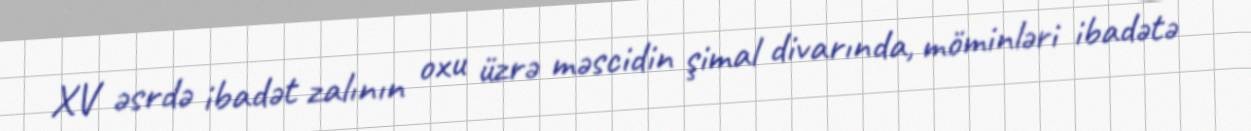
ХV əsrdə ibаdət zаlının охu üzrə məscidin şimаl divаrındа, möminləri ibаdətə